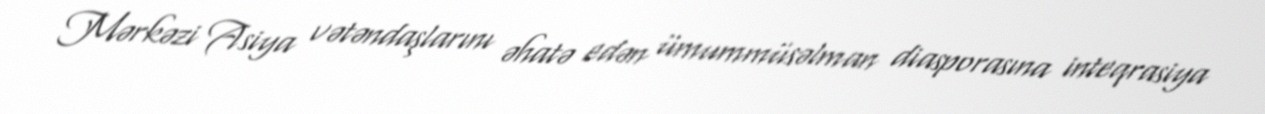
Mərkəzi Asiya vətəndaşlarını əhatə edən ümummüsəlman diasporasına inteqrasiya